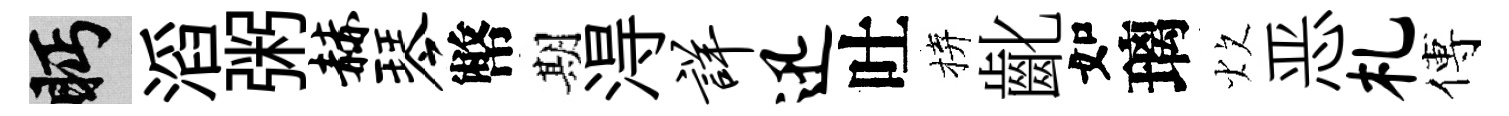
眄滔粥赫琴幣期淂详迅吐拚齔如璃炊恶札傅